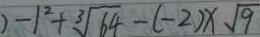
) - 1 ^ { 2 } + \sqrt [ 3 ] { 6 4 } - ( - 2 ) x \sqrt { 9 }